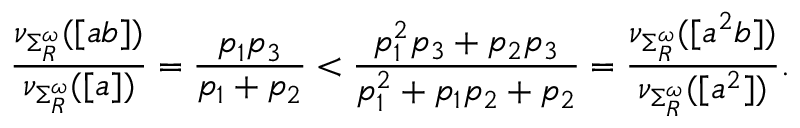
\frac { \nu _ { \Sigma _ { R } ^ { \omega } } ( [ a b ] ) } { \nu _ { \Sigma _ { R } ^ { \omega } } ( [ a ] ) } = \frac { p _ { 1 } p _ { 3 } } { p _ { 1 } + p _ { 2 } } < \frac { p _ { 1 } ^ { 2 } p _ { 3 } + p _ { 2 } p _ { 3 } } { p _ { 1 } ^ { 2 } + p _ { 1 } p _ { 2 } + p _ { 2 } } = \frac { \nu _ { \Sigma _ { R } ^ { \omega } } ( [ a ^ { 2 } b ] ) } { \nu _ { \Sigma _ { R } ^ { \omega } } ( [ a ^ { 2 } ] ) } .